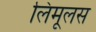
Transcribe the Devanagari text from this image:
लिमूलस